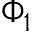
\Phi _ { 1 }